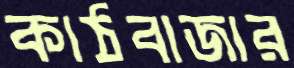
কাঠবাজার